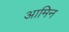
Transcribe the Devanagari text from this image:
आमिन